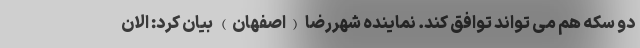
دو سکه هم می تواند توافق کند. نماینده شهررضا (اصفهان) بیان کرد: الان